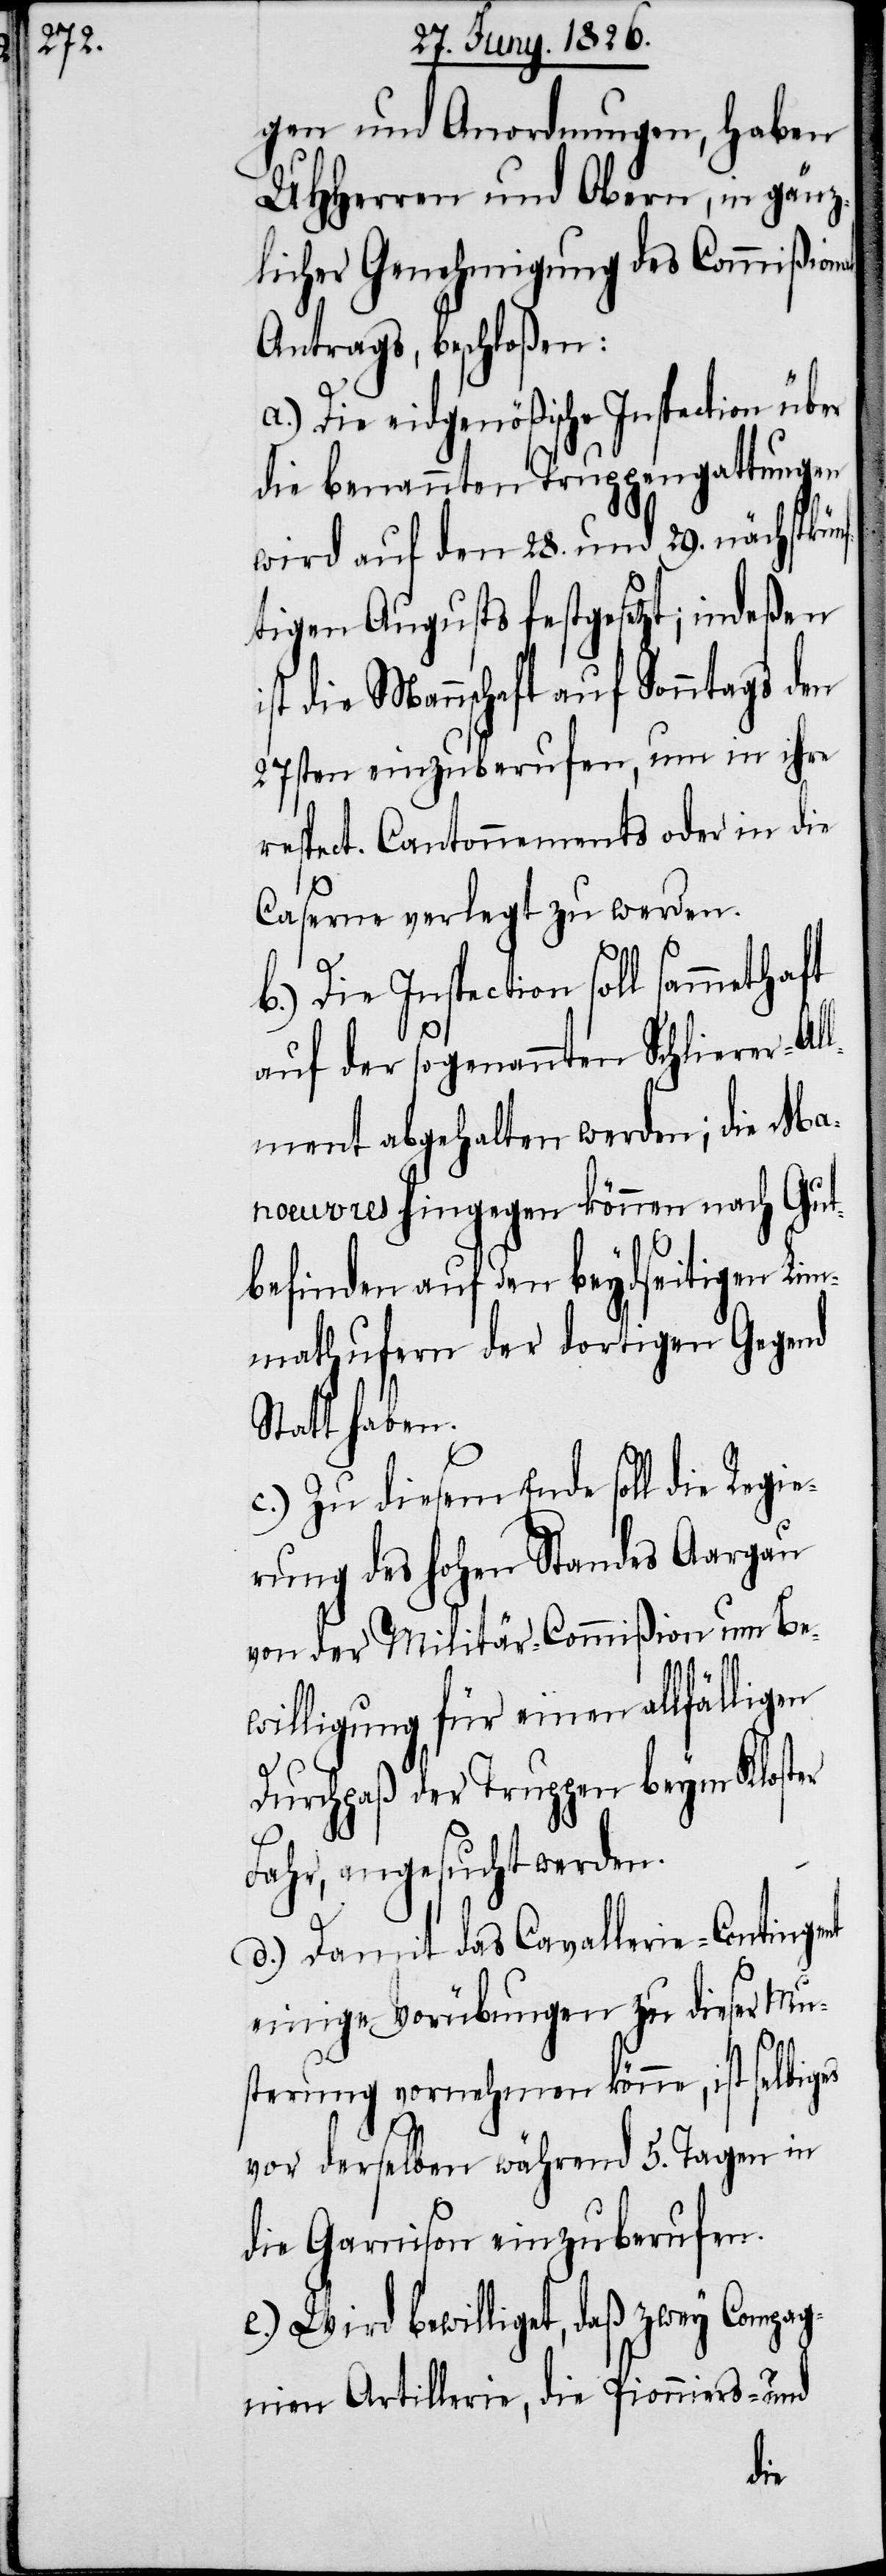
gen und Anordnungen, haben
UHHerren und Obern, in gänz¬
licher Genehmigung des Commißiona¬
l-Antrags, beschloßen:
a.) Die eidgenößische Inspection über
die benannten Truppengattungen
wird auf den 28. und 29. nächstkün¬
ftigen Augusts festgesetzt; indeßen
st die Mannschaft auf Sonntags den
27sten einzuberufen, um in ihre
respect. Cantonnements oder in die
Caserne verlegt zu werden.
b.) Die Inspection soll sammethaft
auf der sogenannten Schlierer-Al¬
lment abgehalten werden; die Ma¬
noeuvres hingegen können nach Gut¬
befinden auf den beydseitigen Lim¬
mathufern der dortigen Gegend
Statt haben.
c.) Zu diesem Ende soll die Regie¬
rung des hohen Standes Aargau
von der Militär-Commißion um Be¬
willigung für einen allfälligen
Durchpaß der Truppen beym Kloster
Fahr, angesucht werden.
d.) Damit das Cavallerie-Contingent
einige Vorübungen zu dieser Mu¬
sterung vornehmen könne, ist selbiges
vor derselben während 5. Tagen in
die Garnison einzuberufen.
e.) Wird bewilliget, daß zwey Compag¬
nien Artillerie, die Pionniers- und
i¬